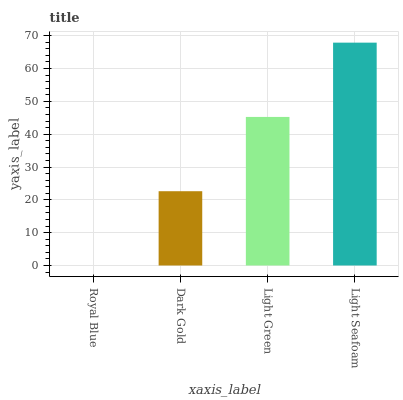
| xaxis_label | bars |
 | --- | --- |
 | Royal Blue | 0 |
 | Dark Gold | 22.6 |
 | Light Green | 45.3 |
 | Light Seafoam | 67.9 |